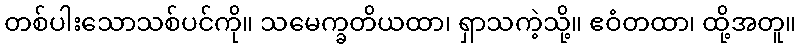
တစ်ပါးသောသစ်ပင်ကို။ သမေက္ခတိယထာ၊ ရှာသကဲ့သို့။ ဧဝံတထာ၊ ထို့အတူ။